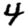
Digit: 4